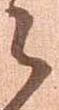
々